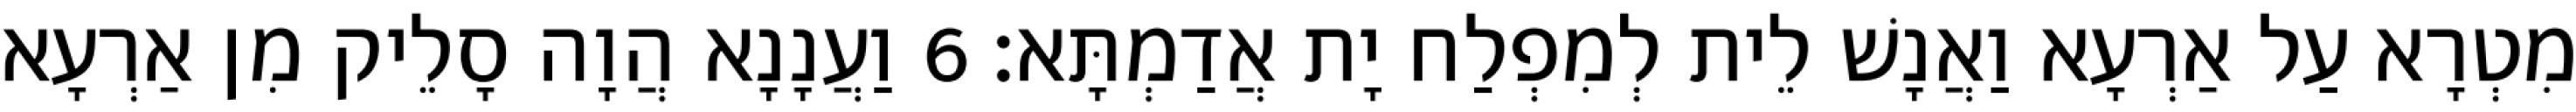
מִטְרָא עַל אַרְעָא וַאֲנָשׁ לֵית לְמִפְלַח יָת אֲדַמְתָּא׃ 6 וַעֲנָנָא הֲוָה סָלֵיק מִן אַרְעָא